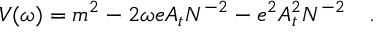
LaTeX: V ( \omega ) = m ^ { 2 } - 2 \omega e A _ { t } N ^ { - 2 } - e ^ { 2 } A _ { t } ^ { 2 } N ^ { - 2 } ~ ~ ~ .